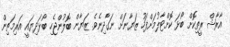
އާރާޝް ރީތިކޮށް ބޯޅަ ކޮށްޓާލުމަށްފަހު ޒަޔާނަށް ނަގާދިނެވެ. ޒަޔާން ބޮލުންޖެހި ބޯޅަދިޔައީ އަރިމަތިން